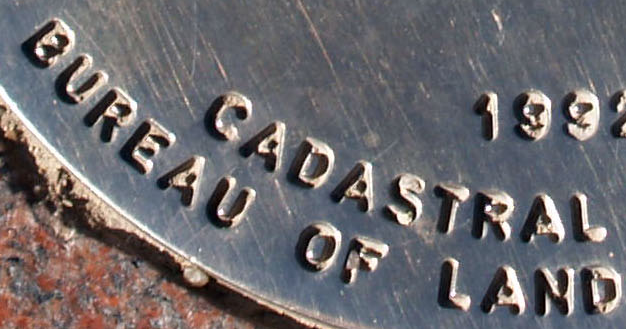
BUREAU OF LAND